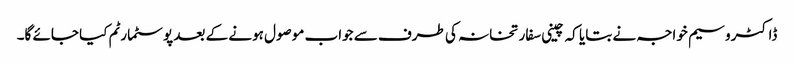
ڈاکٹروسیم خواجہ نے بتایا کہ چینی سفارتخانہ کی طرف سے جواب موصول ہونے کے بعد پوسٹمارٹم کیا جائے گا۔